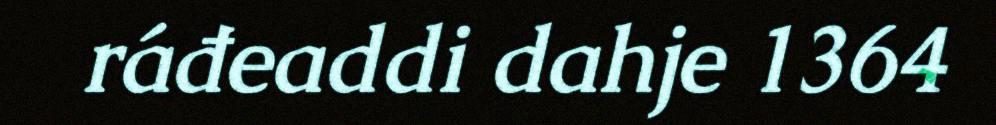
ráđeaddi dahje 1364